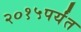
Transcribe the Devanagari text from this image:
२०१५पर्यंत